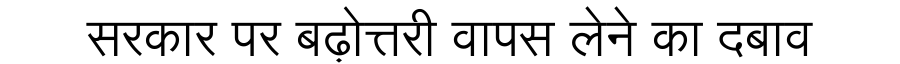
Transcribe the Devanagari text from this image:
सरकार पर बढ़ोत्तरी वापस लेने का दबाव